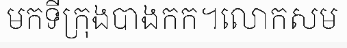
មកទីក្រុងបាងកក។លោកសម